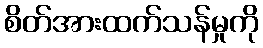
စိတ်အားထက်သန်မှုကို